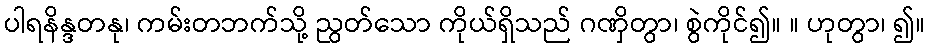
ပါရနိန္ဒတနု၊ ကမ်းတဘက်သို့ ညွတ်သော ကိုယ်ရှိသည် ဂဏှိတွာ၊ စွဲကိုင်၍။ ။ ဟုတွာ၊ ၍။